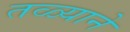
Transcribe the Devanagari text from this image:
तळ्याने